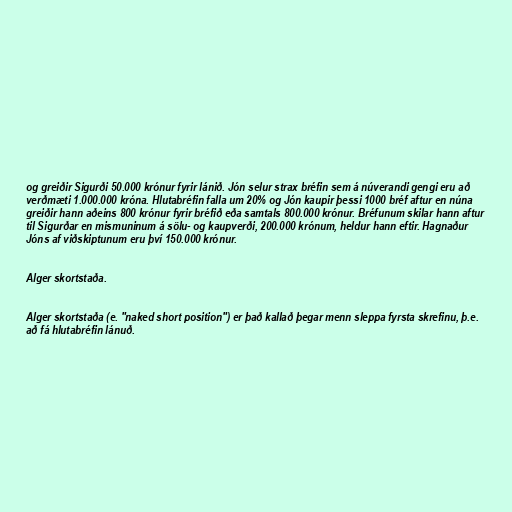
og greiðir Sigurði 50.000 krónur fyrir lánið. Jón selur strax bréfin sem á núverandi gengi eru að
verðmæti 1.000.000 króna. Hlutabréfin falla um 20% og Jón kaupir þessi 1000 bréf aftur en núna
greiðir hann aðeins 800 krónur fyrir bréfið eða samtals 800.000 krónur. Bréfunum skilar hann aftur
til Sigurðar en mismuninum á sölu- og kaupverði, 200.000 krónum, heldur hann eftir. Hagnaður
Jóns af viðskiptunum eru því 150.000 krónur.

Alger skortstaða.

Alger skortstaða (e. "naked short position") er það kallað þegar menn sleppa fyrsta skrefinu, þ.e.
að fá hlutabréfin lánuð.